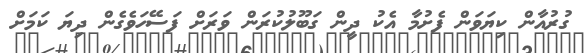
ގުރުއާން ކިޔަވަން ފެށުމާ އެކު ދީން ގަބޫލުކުރަން ވަރަށް ފަސޭހަވެގެން ދިޔަ ކަމަށް